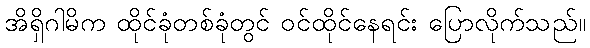
အိရှိဂါမိက ထိုင်ခုံတစ်ခုံတွင် ဝင်ထိုင်နေရင်း ပြောလိုက်သည်။